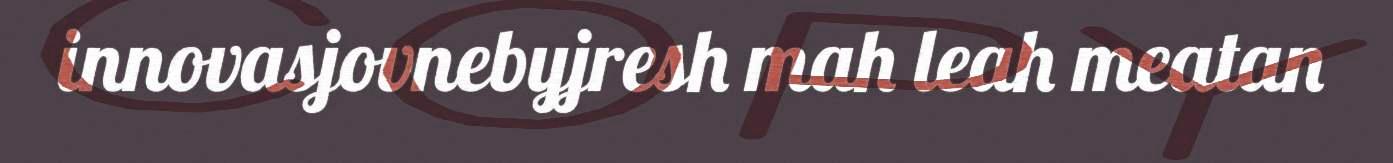
innovasjovnebyjresh mah leah meatan